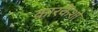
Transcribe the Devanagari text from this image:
कारकेशो